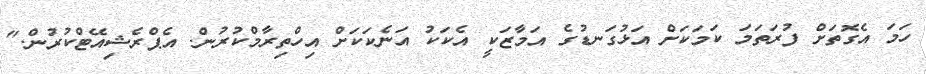
ހަމަ އެގޮތަށް ފުރަތަމަ ކަމަކަށް އަޅުގަނޑުގެ އަމާޒަކީ އެކަކު އަނެކަކަށް އިހްތިރާމްކުރުން. އެޕްރެޝިއޭޓްކުރުން."